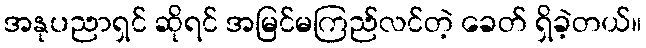
အနုပညာရှင် ဆိုရင် အမြင်မကြည်လင်တဲ့ ခေတ် ရှိခဲ့တယ်။